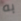
به